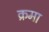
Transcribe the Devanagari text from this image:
क्रमा